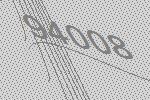
94008